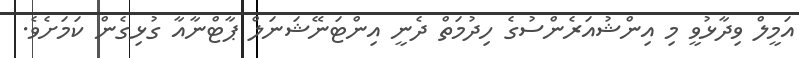
އަމީލް ވިދާޅުވީ މި އިންޝުއަރެންސުގެ ހިދުމަތް ދެނީ އިންޓަނޭޝަނަލް ޕާޓްނާއާ ގުޅިގެން ކަމަށެވެ.